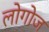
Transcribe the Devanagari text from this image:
लोगोज